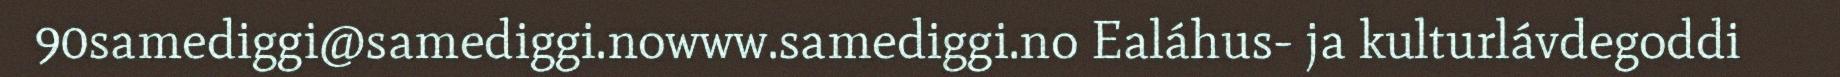
90samediggi@samediggi.nowww.samediggi.no Ealáhus- ja kulturlávdegoddi